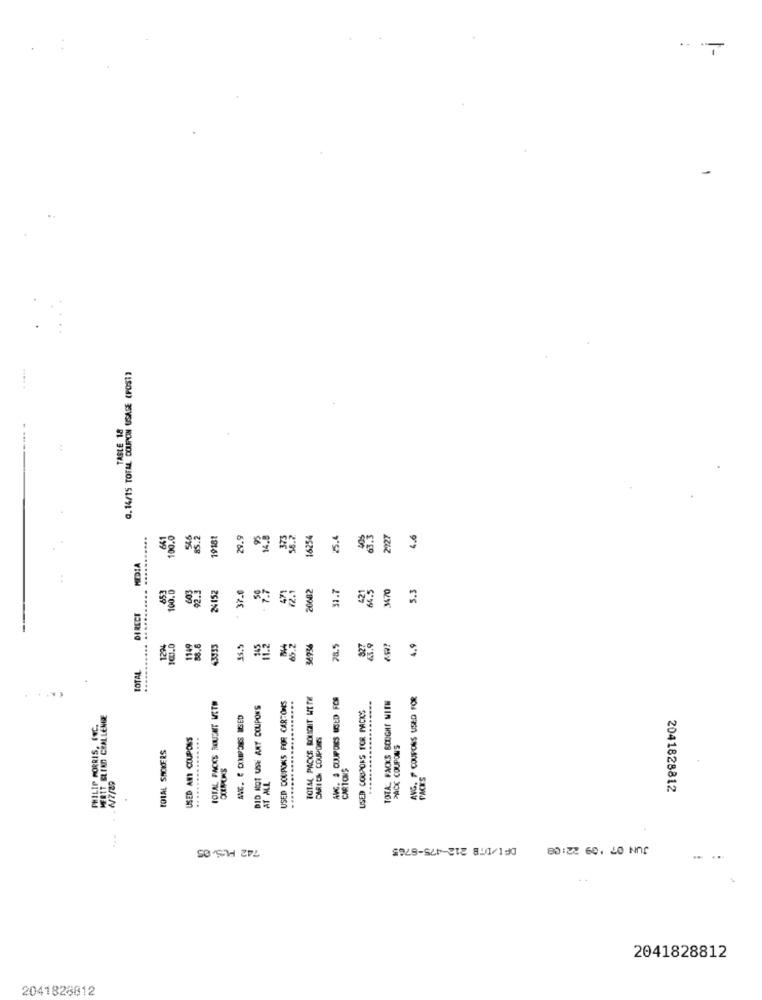
0, 14/15 TOTAL DOUPON USAGE (POST)
TASLE 18
641
100.0
546
5.2
19181
29.9
14.8
373
58.2
16254
25.4
405
63.3
2927
4.6
MEDIA
7.7
471
12.1
20642
421
66.5
5.3
653
00.0
92.3
¥152
37.0
31.7
1470
DIRECT
@.0
1149
66.2
34736
78.5
4.9
TOTAL
TOIM PROKS BROUGHT HTTR
AVG. # CUUPDIES USED FOR
ANG. P COUPONS USED FOR
TOTAL PACKS BOUGHT WETH
DID Not USE ANY COUPONS
USED DOUPONS FOR CARTONS
USED COUPONS FOR PACKS
TOTA: FACKS BOUGHT WITH
PHILIP MORRIS, INC.
MERTT BLIND CHALLENGE
ANC. C CXNIPPONS USED
....
USED ANT COUPONS
CARICA COUPONS
TOTAL SMOKERS
PACK COUPONS
.........
CARTONS
2/7/29
AT ALL
2041828812
742 PCS.05
DF1/DTB 212-475-8765
2041828812
2041828812